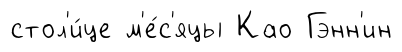
стол'и́це м'е́с'яцы Као Гэнн'ин